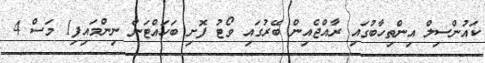
ކައުންސިލް އިންތިހާބުގައި ރާއްޖެއިން ބޭރުގައި ވޯޓު ފޮށި ބަހައްޓަން ނިންމައިފި1 މަސް 4